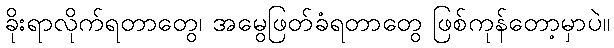
ခိုးရာလိုက်ရတာတွေ၊ အမွေဖြတ်ခံရတာတွေ ဖြစ်ကုန်တော့မှာပဲ။